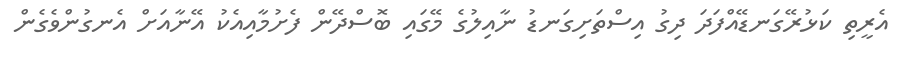
އެރީތި ކަޅުރޭގަނޑޭއްފަދަ ދިގު އިސްތަށިގަނޑު ނާއިލުގެ މޭގައި ބޮސްދޭން ފެށުމާއިއެކު އޭނާއަށް އެނގުންވެގެން